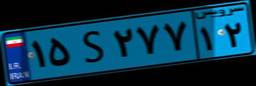
۱۵S۲۷۷۱۲